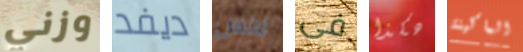
وزني ديفد لانس فى هكذا الماكينة